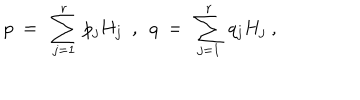
p ~ = ~ \sum _ { j = 1 } ^ { r } \, p _ { j } H _ { j } ~ ~ , ~ ~ q ~ = ~ \sum _ { j = 1 } ^ { r } \, q _ { j } H _ { j } ~ ,